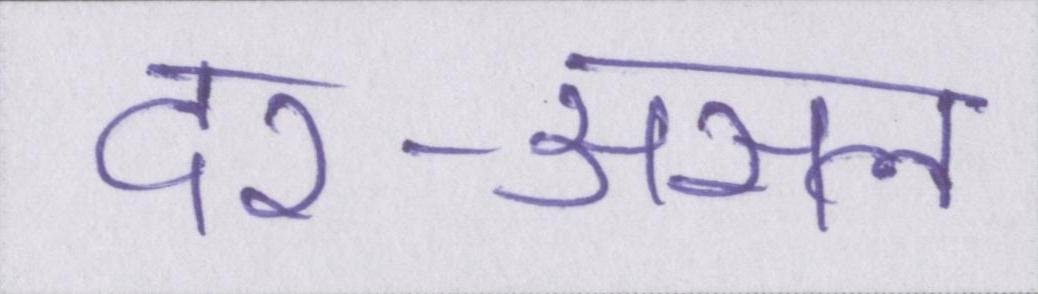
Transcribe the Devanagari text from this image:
दर-असल